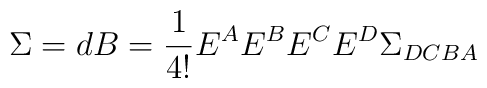
\Sigma = dB = \frac{1}{4!}E^{A}E^{B}E^{C}E^{D}\Sigma_{DCBA}